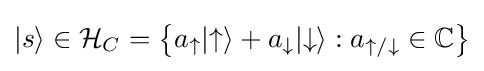
|s\rangle \in {\mathcal {H}}_{C}=\left\{a_{\uparrow }|{\uparrow }\rangle +a_{\downarrow }|{\downarrow }\rangle :a_{\uparrow /\downarrow }\in \mathbb {C} \right\}